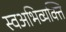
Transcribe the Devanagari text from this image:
स्वअभिव्यक्ति